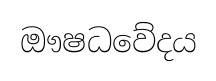
ඖෂධවේදය